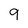
Character: 9